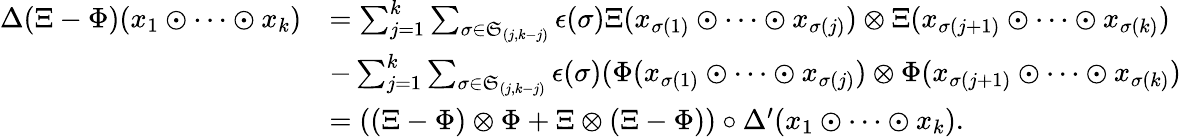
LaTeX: \begin{array}{rl}{\Delta(\Xi-\Phi)(x_{1}\odot\cdots\odot x_{k})}&{=\sum_{j=1}^{k}\sum_{\sigma\in\mathfrak{S}_{(j,k-j)}}\epsilon(\sigma)\Xi(x_{\sigma(1)}\odot\cdots\odot x_{\sigma(j)})\otimes\Xi(x_{\sigma(j+1)}\odot\cdots\odot x_{\sigma(k)})}\\ &{-\sum_{j=1}^{k}\sum_{\sigma\in\mathfrak{S}_{(j,k-j)}}\epsilon(\sigma)(\Phi(x_{\sigma(1)}\odot\cdots\odot x_{\sigma(j)})\otimes\Phi(x_{\sigma(j+1)}\odot\cdots\odot x_{\sigma(k)})}\\ &{=\left((\Xi-\Phi)\otimes\Phi+\Xi\otimes(\Xi-\Phi)\right)\circ\Delta^{\prime}(x_{1}\odot\cdots\odot x_{k}).}\end{array}